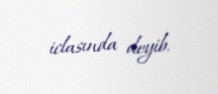
iclasında deyib.